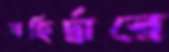
বহির্দ্বারে